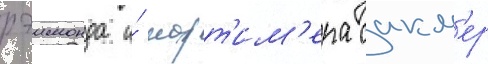
рэимонда и́ морт'им'ера сакл'ер